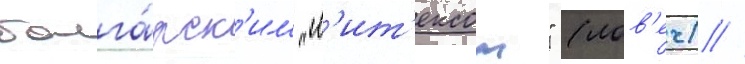
болга́рск'им "л'ит'ексом" (лов'еч) //